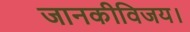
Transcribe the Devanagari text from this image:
जानकीविजय।